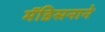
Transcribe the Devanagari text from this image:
मॅडिसनाने